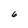
Character: 6